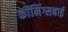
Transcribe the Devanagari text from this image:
कॉनिंग्सबाई